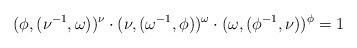
LaTeX: \begin{align*}(\phi,(\nu^{-1},\omega))^\nu\cdot (\nu,(\omega^{-1},\phi))^\omega\cdot(\omega,(\phi^{-1},\nu))^\phi=1\end{align*}